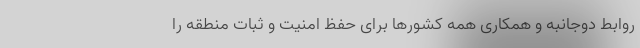
روابط دوجانبه و همکاری همه کشورها برای حفظ امنیت و ثبات منطقه را